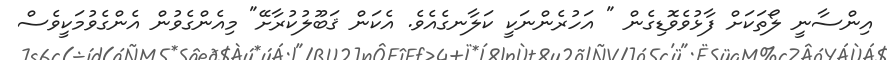
އިންސާނީ ލޯތަކަށް ފާޅުވެވޮޑިގެން " އަހުރެންނަކީ ކަލާނގެއެވެ. އެކަން ޤަބޫލުކުރާށޭ" މިއެންގެވުން އެންގެވުމަކީވެސް